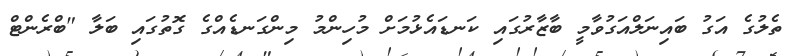
ތެލުގެ އަގު ބައިނަލްއަގުވާމީ ބާޒާރުގައި ކަނޑައެޅުމަަށް މުހިންމު މިންގަނޑެއްގެ ގޮތުގައި ބަލާ "ބްރެންޓް